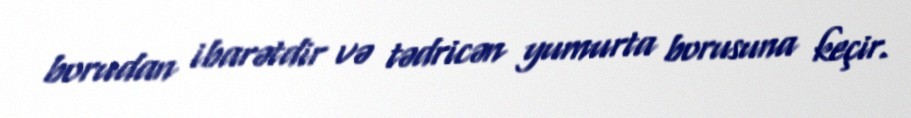
borudan ibarətdir və tədricən yumurta borusuna keçir.